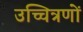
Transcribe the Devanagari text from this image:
उच्चित्रणों